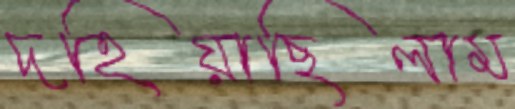
দহিয়াছিলাম